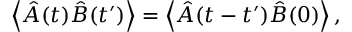
\left\langle { \hat { A } ( t ) \hat { B } ( t ^ { \prime } ) } \right\rangle = \left\langle { \hat { A } ( t - t ^ { \prime } ) \hat { B } ( 0 ) } \right\rangle ,